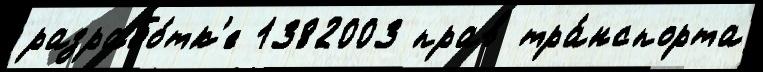
разрабо́тк'е 1382003 прав тра́нспорта